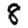
Digit: 8